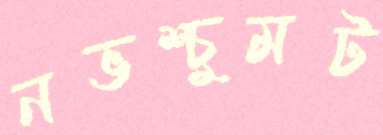
নভশ্চুমট